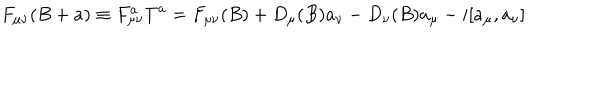
F _ { \mu \nu } ( B + a ) \equiv F _ { \mu \nu } ^ { a } T ^ { a } = F _ { \mu \nu } ( B ) + D _ { \mu } ( B ) a _ { \nu } - D _ { \nu } ( B ) a _ { \mu } - i [ a _ { \mu } , a _ { \nu } ]